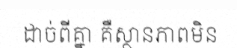
ដាច់ពីគ្នា គឺស្ថានភាពមិន